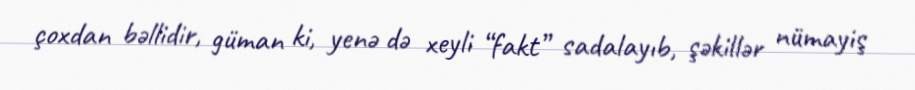
çoxdan bəllidir, güman ki, yenə də xeyli “fakt” sadalayıb, şəkillər nümayiş